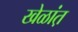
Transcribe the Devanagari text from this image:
खेळांत़